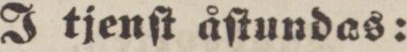
J tjenſt åſtundas: